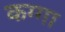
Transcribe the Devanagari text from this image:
कग्गा